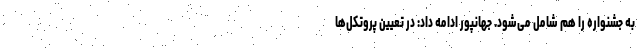
به جشنواره را هم شامل می‌شود. جهانپور ادامه داد: در تعیین پروتکل‌ها